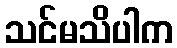
သင်မသိပါက